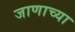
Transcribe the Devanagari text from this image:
जाणाच्या